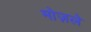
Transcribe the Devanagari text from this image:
मोज़ले